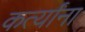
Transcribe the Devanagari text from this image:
कर्त्यांना